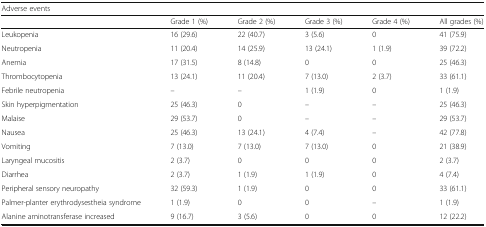
<table><thead><tr><td colspan="6"><b>Adverse events</b></td></tr><tr><td>[EMPTY_CELL]</td><td><b>Grade 1 (%)</b></td><td><b>Grade 2 (%)</b></td><td><b>Grade 3 (%)</b></td><td><b>Grade 4 (%)</b></td><td><b>All grades (%)</b></td></tr></thead><tbody><tr><td>Leukopenia</td><td>16 (29.6)</td><td>22 (40.7)</td><td>3 (5.6)</td><td>0</td><td>41 (75.9)</td></tr><tr><td>Neutropenia</td><td>11 (20.4)</td><td>14 (25.9)</td><td>13 (24.1)</td><td>1 (1.9)</td><td>39 (72.2)</td></tr><tr><td>Anemia</td><td>17 (31.5)</td><td>8 (14.8)</td><td>0</td><td>0</td><td>25 (46.3)</td></tr><tr><td>Thrombocytopenia</td><td>13 (24.1)</td><td>11 (20.4)</td><td>7 (13.0)</td><td>2 (3.7)</td><td>33 (61.1)</td></tr><tr><td>Febrile neutropenia</td><td>–</td><td>–</td><td>1 (1.9)</td><td>0</td><td>1 (1.9)</td></tr><tr><td>Skin hyperpigmentation</td><td>25 (46.3)</td><td>0</td><td>–</td><td>–</td><td>25 (46.3)</td></tr><tr><td>Malaise</td><td>29 (53.7)</td><td>0</td><td>–</td><td>–</td><td>29 (53.7)</td></tr><tr><td>Nausea</td><td>25 (46.3)</td><td>13 (24.1)</td><td>4 (7.4)</td><td>–</td><td>42 (77.8)</td></tr><tr><td>Vomiting</td><td>7 (13.0)</td><td>7 (13.0)</td><td>7 (13.0)</td><td>0</td><td>21 (38.9)</td></tr><tr><td>Laryngeal mucositis</td><td>2 (3.7)</td><td>0</td><td>0</td><td>0</td><td>2 (3.7)</td></tr><tr><td>Diarrhea</td><td>2 (3.7)</td><td>1 (1.9)</td><td>1 (1.9)</td><td>0</td><td>4 (7.4)</td></tr><tr><td>Peripheral sensory neuropathy</td><td>32 (59.3)</td><td>1 (1.9)</td><td>0</td><td>0</td><td>33 (61.1)</td></tr><tr><td>Palmer-planter erythrodysestheia syndrome</td><td>1 (1.9)</td><td>0</td><td>0</td><td>–</td><td>1 (1.9)</td></tr><tr><td>Alanine aminotransferase increased</td><td>9 (16.7)</td><td>3 (5.6)</td><td>0</td><td>0</td><td>12 (22.2)</td></tr></tbody></table>